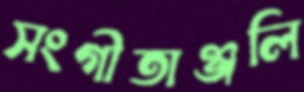
সংগীতাঞ্জলি